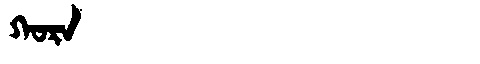
Manchu: ᡴᠣᡵᠠ
Romanization: KORA